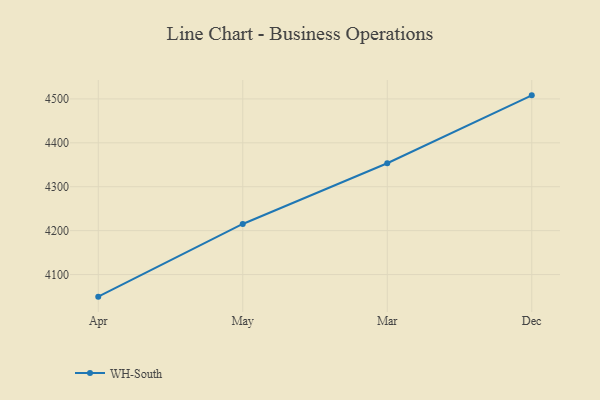
{"axis": {"x": "Month", "y": "Demand Index"}, "legend": ["WH-South"], "data": [{"x": "Apr", "y": 4049.7, "type": "WH-South"}, {"x": "May", "y": 4215.2, "type": "WH-South"}, {"x": "Mar", "y": 4353.5, "type": "WH-South"}, {"x": "Dec", "y": 4508.1, "type": "WH-South"}]}